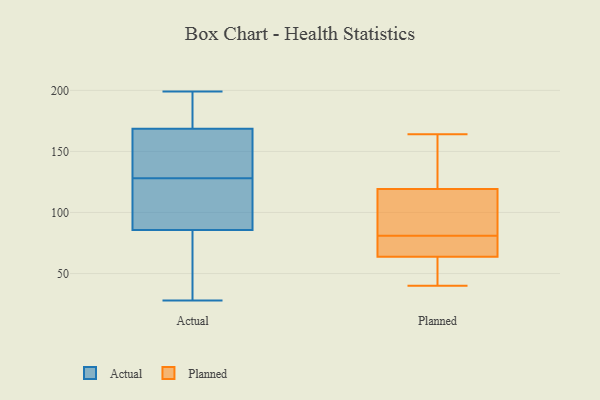
{"axis": {"x": "Conversion Rate (%)", "y": "Value"}, "legend": ["Actual", "Planned"], "data": [{"x": "", "y": 115, "type": "Actual"}, {"x": "", "y": 41, "type": "Actual"}, {"x": "", "y": 136, "type": "Actual"}, {"x": "", "y": 28, "type": "Actual"}, {"x": "", "y": 199, "type": "Actual"}, {"x": "", "y": 128, "type": "Actual"}, {"x": "", "y": 64, "type": "Actual"}, {"x": "", "y": 127, "type": "Actual"}, {"x": "", "y": 93, "type": "Actual"}, {"x": "", "y": 167, "type": "Actual"}, {"x": "", "y": 176, "type": "Actual"}, {"x": "", "y": 173, "type": "Actual"}, {"x": "", "y": 140, "type": "Actual"}, {"x": "", "y": 54, "type": "Planned"}, {"x": "", "y": 80, "type": "Planned"}, {"x": "", "y": 47, "type": "Planned"}, {"x": "", "y": 53, "type": "Planned"}, {"x": "", "y": 62, "type": "Planned"}, {"x": "", "y": 139, "type": "Planned"}, {"x": "", "y": 95, "type": "Planned"}, {"x": "", "y": 164, "type": "Planned"}, {"x": "", "y": 114, "type": "Planned"}, {"x": "", "y": 81, "type": "Planned"}, {"x": "", "y": 90, "type": "Planned"}, {"x": "", "y": 121, "type": "Planned"}, {"x": "", "y": 155, "type": "Planned"}, {"x": "", "y": 101, "type": "Planned"}, {"x": "", "y": 40, "type": "Planned"}, {"x": "", "y": 72, "type": "Planned"}, {"x": "", "y": 74, "type": "Planned"}, {"x": "", "y": 69, "type": "Planned"}, {"x": "", "y": 135, "type": "Planned"}]}